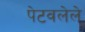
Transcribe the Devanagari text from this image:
पेटवलेले